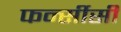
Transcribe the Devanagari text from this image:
फर्न्सीसी